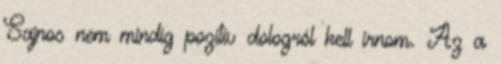
Sajnos nem mindíg pozitív dologról kell írnom. Az a